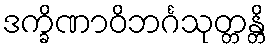
ဒက္ခိဏာဝိဘင်္ဂသုတ္တန္တိ